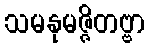
သမနုမဇ္ဇိတဗ္ဗာ